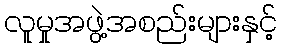
လူမှုအဖွဲ့အစည်းများနှင့်